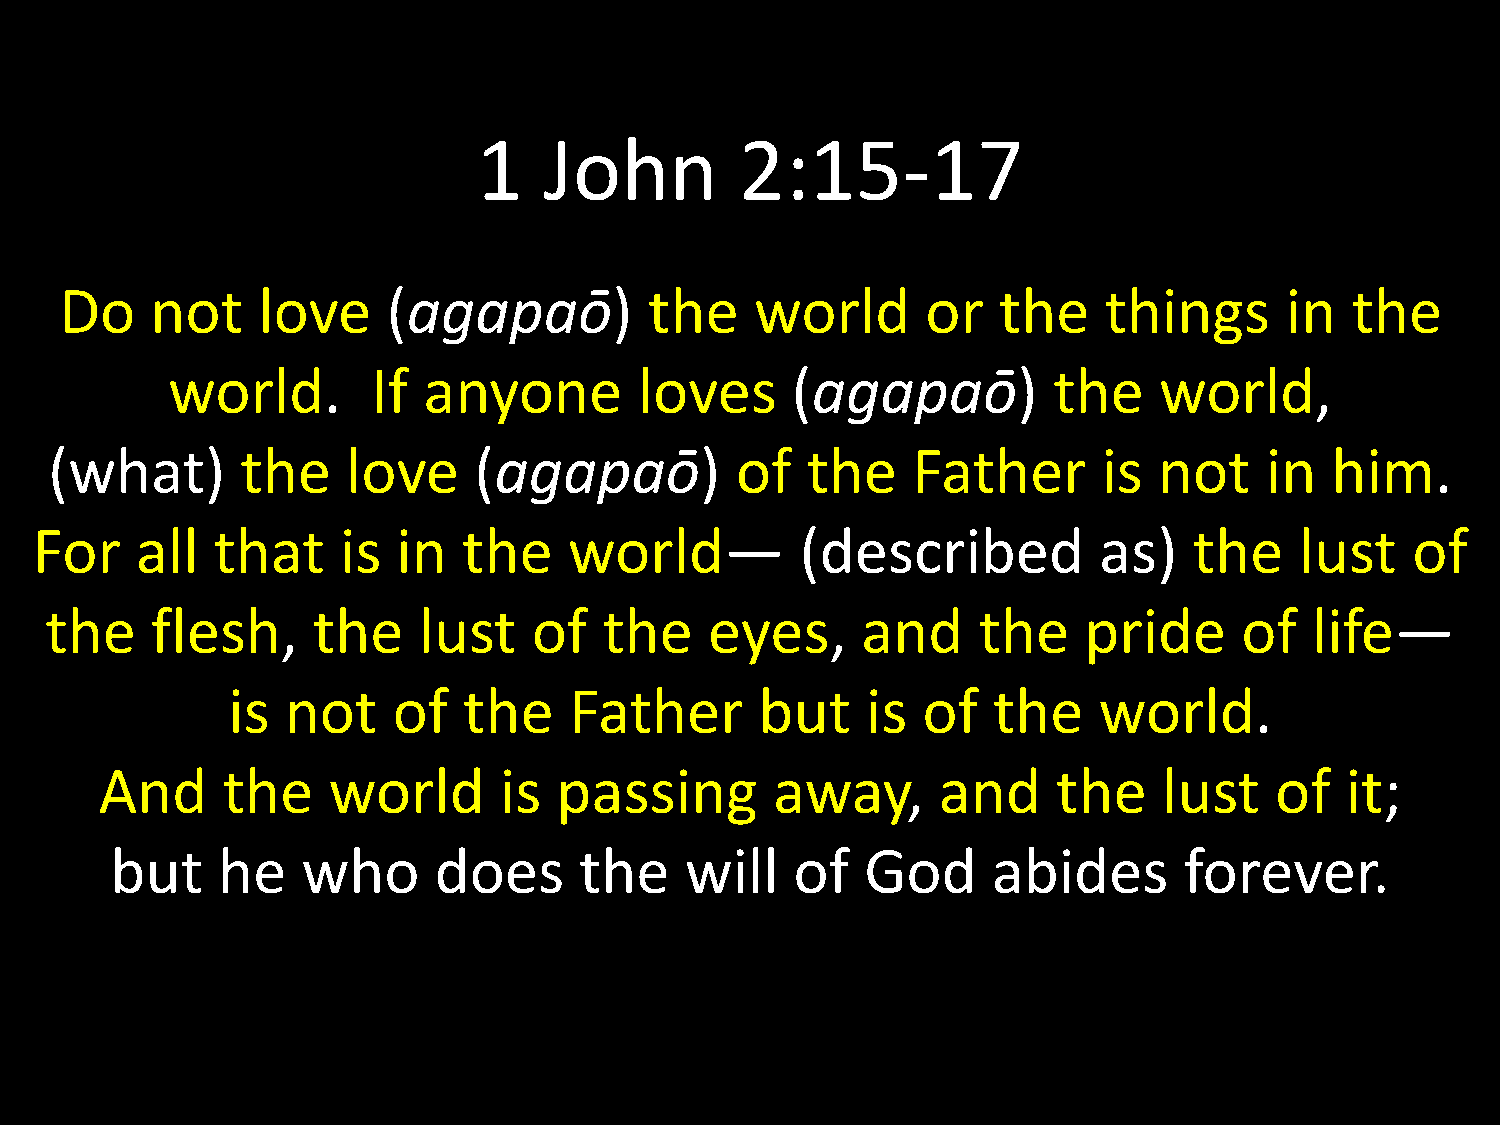
1   John         2:15-17
 Do    not    love     (agapaō)         the    world      or   the    things      in  the
 world.        If anyone        loves     (agapaō)          the    world,
 (what)       the    love    (agapaō)          of  the    Father       is  not    in  him.
 For    all  that     is in   the    world—         (described          as)   the    lust    of
 the    flesh,     the    lust   of   the    eyes,     and     the    pride     of   life—
 is  not    of   the    Father      but    is  of   the    world.
 And     the    world      is  passing       away,      and     the    lust   of   it;
 but    he    who      does     the    will    of  God      abides      forever.